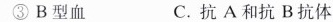
③ B型血 C. 抗A和抗B抗体